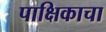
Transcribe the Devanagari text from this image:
पाक्षिकाचा